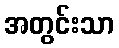
အတွင်းသာ